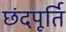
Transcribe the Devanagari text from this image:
छंदपूर्ति